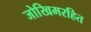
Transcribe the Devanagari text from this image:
जोखिमरहित